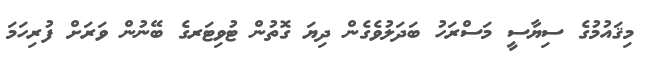
މިޤައުމުގެ ސިޔާސީ މަސްރަހު ބަދަލުވެގެން ދިޔަ ގޮތުން ޓުވިޓަރގެ ބޭނުން ވަރަށް ފުރިހަމަ